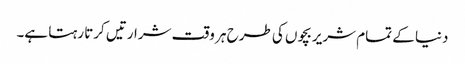
دنیا کے تمام شریر بچوں کی طرح ہر وقت شرارتیں کرتا رہتا ہے۔